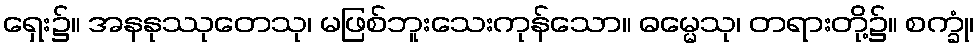
ရှေး၌။ အနနုဿုတေသု၊ မဖြစ်ဘူးသေးကုန်သော။ ဓမ္မေသု၊ တရားတို့၌။ စက္ခုံ၊